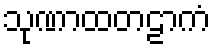
သုဏာထတဠာကံ